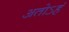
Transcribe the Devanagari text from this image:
अतोऽहं